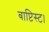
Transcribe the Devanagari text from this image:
बाप्टिस्ट।